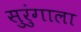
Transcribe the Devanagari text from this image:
सुरुंगाला